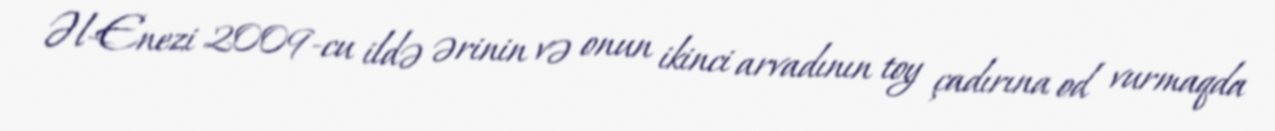
Əl-Enezi 2009-cu ildə ərinin və onun ikinci arvadının toy çadırına od vurmaqda